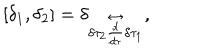
[ \delta _ { 1 } , \delta _ { 2 } ] = \delta _ { \delta \tau _ { 2 } \stackrel { \leftrightarrow } { \frac { d } { d \tau } } \delta \tau _ { 1 } } ,